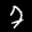
Label: 7